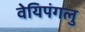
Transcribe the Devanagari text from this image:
वेयिपंगलु